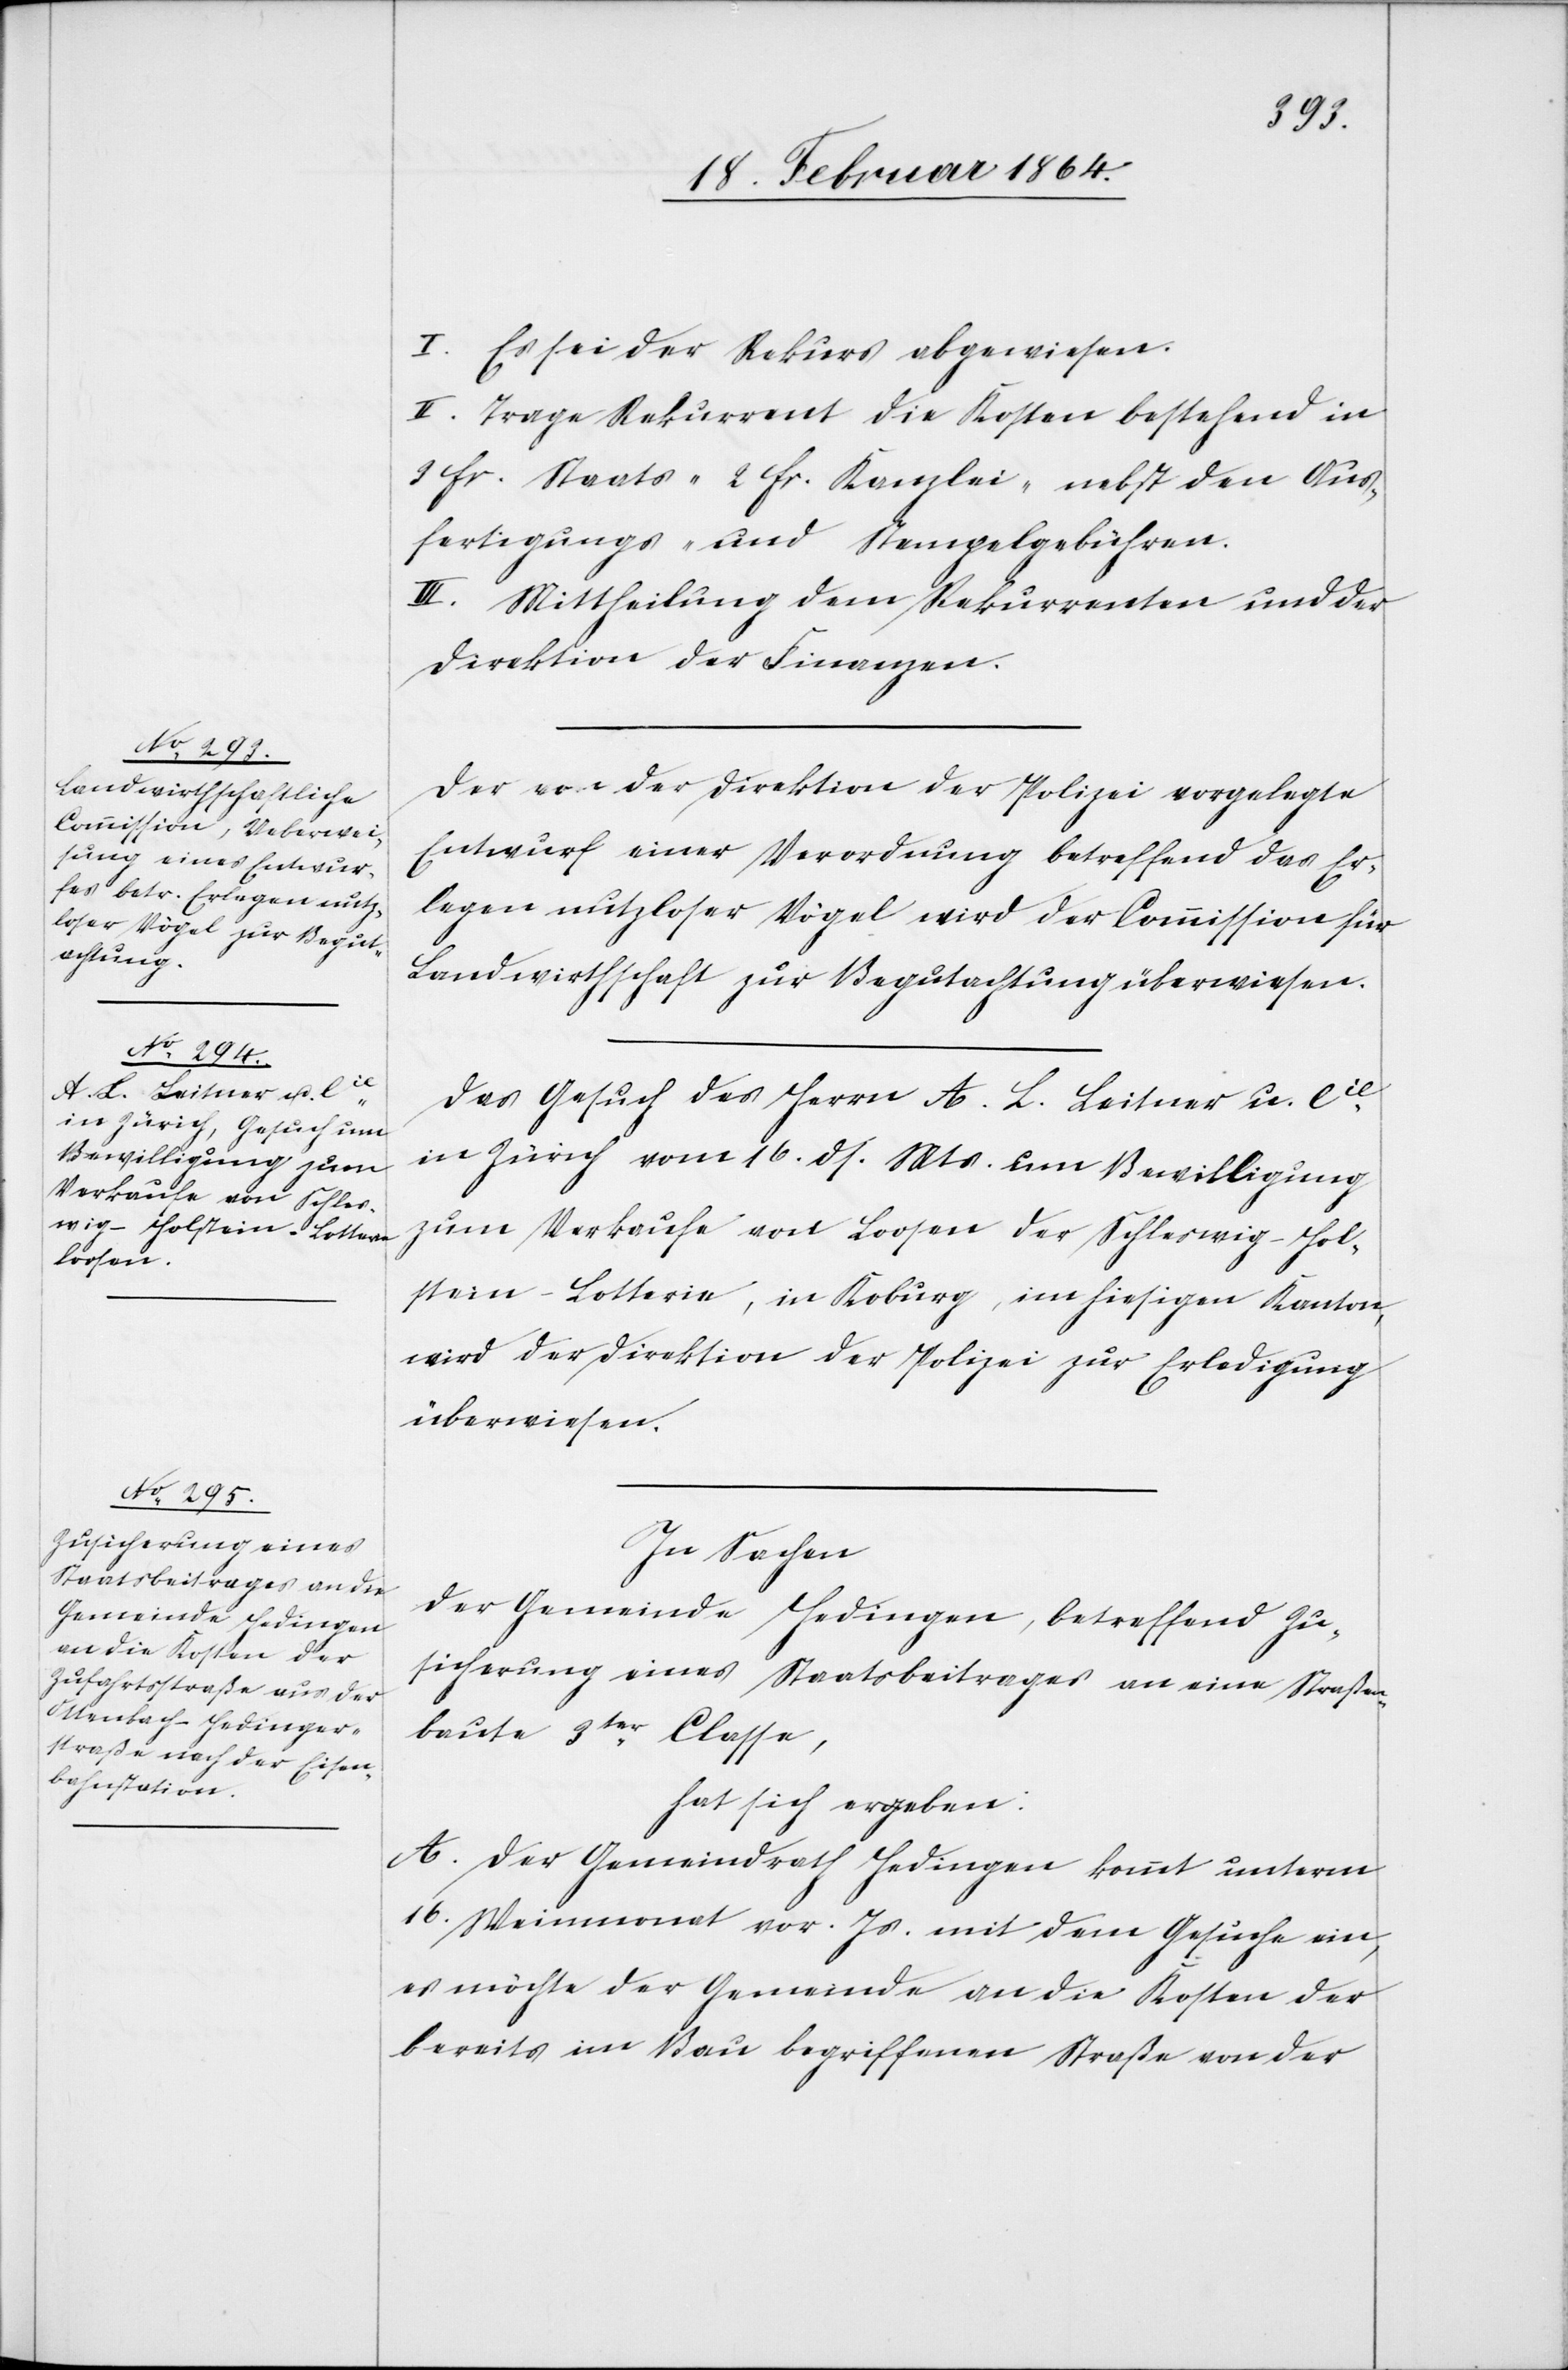
I. Es sei der Rekurs abgewiesen.
II. Trage Rekurrent die Kosten bestehend in
3 fr. Staats-[,] 2 fr. Kanzlei- nebst den Aus¬
fertigungs- und Stempelgebühren.
III. Mittheilung dem Rekurrenten und der
Direktion der Finanzen.
Der von der Direktion der Polizei vorgelegte
Entwurf einer Verordnung betreffend das Er¬
legen nutzloser Vögel wird der Commission für
Landwirthschaft zur Begutachtung überwiesen.
Das Gesuch des Herrn A. L. Leitner u. Cie
in Zürich vom 16. ds. Mts. um Bewilligung
zum Verkaufe von Loosen der Schleswig-Hol¬
stein-Lotterie, in Koburg, im hiesigen Kanton,
wird der Direktion der Polizei zur Erledigung
überwiesen.
In Sachen
der Gemeinde Hedingen, betreffend Zu¬
sicherung eines Staatsbeitrages an eine Straßen¬
baute 3ter Classe,
hat sich ergeben:
A. Der Gemeindrath Hedingen kommt unterm
16. Weinmonat vor. Js. mit dem Gesuche ein,
es möchte der Gemeinde an die Kosten der
bereits im Bau begriffenen Straße von der